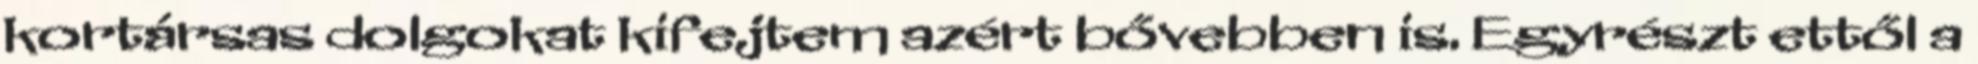
kortársas dolgokat kifejtem azért bővebben is. Egyrészt ettől a